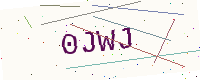
Text: 0JWJ